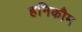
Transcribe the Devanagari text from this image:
हनिकौम